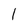
Character: 1